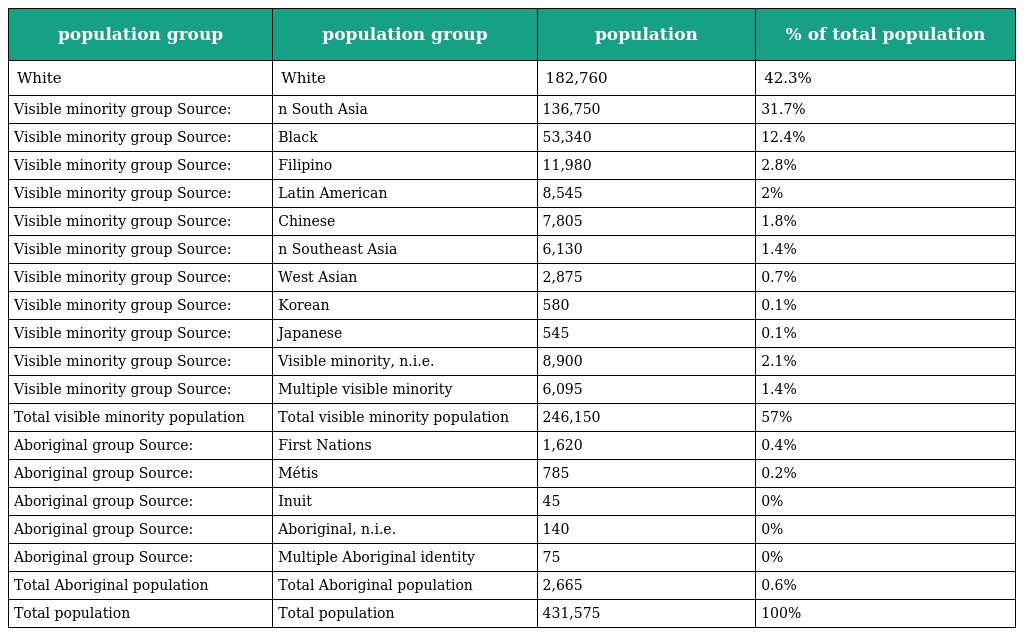
| population group | population group | population | % of total population |
 | --- | --- | --- | --- |
 | White | White | 182,760 | 42.3% |
 | Visible minority group Source: | n South Asia | 136,750 | 31.7% |
 | Visible minority group Source: | Black | 53,340 | 12.4% |
 | Visible minority group Source: | Filipino | 11,980 | 2.8% |
 | Visible minority group Source: | Latin American | 8,545 | 2% |
 | Visible minority group Source: | Chinese | 7,805 | 1.8% |
 | Visible minority group Source: | n Southeast Asia | 6,130 | 1.4% |
 | Visible minority group Source: | West Asian | 2,875 | 0.7% |
 | Visible minority group Source: | Korean | 580 | 0.1% |
 | Visible minority group Source: | Japanese | 545 | 0.1% |
 | Visible minority group Source: | Visible minority, n.i.e. | 8,900 | 2.1% |
 | Visible minority group Source: | Multiple visible minority | 6,095 | 1.4% |
 | Total visible minority population | Total visible minority population | 246,150 | 57% |
 | Aboriginal group Source: | First Nations | 1,620 | 0.4% |
 | Aboriginal group Source: | Métis | 785 | 0.2% |
 | Aboriginal group Source: | Inuit | 45 | 0% |
 | Aboriginal group Source: | Aboriginal, n.i.e. | 140 | 0% |
 | Aboriginal group Source: | Multiple Aboriginal identity | 75 | 0% |
 | Total Aboriginal population | Total Aboriginal population | 2,665 | 0.6% |
 | Total population | Total population | 431,575 | 100% |